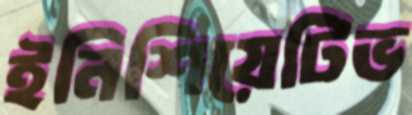
ইনিশিয়েটিভ